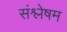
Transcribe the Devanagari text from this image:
संश्लेषम